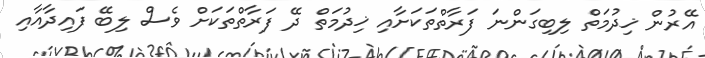
އޭރުން ޚިދުމަތް ލިބިގަންނަ ފަރާތްތަކަށާއި ޚިދުމަތް ދޭ ފަރާތްތަކަށް ވެސް ލިބޭ ފައިދާއާއި